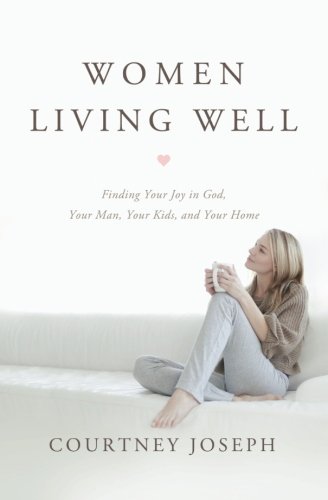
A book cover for Women Living Well: Find Your Joy in God, Your Man, Your Kids, and Your Home; Courtney Joseph; Christian Books & Bibles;